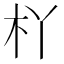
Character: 𣏎